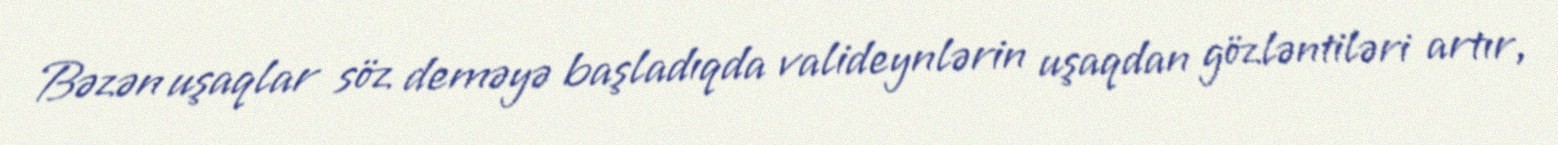
Bəzən uşaqlar söz deməyə başladıqda valideynlərin uşaqdan gözləntiləri artır,